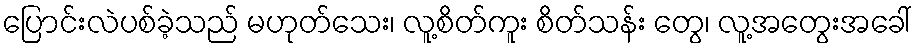
ပြောင်းလဲပစ်ခဲ့သည် မဟုတ်သေး၊ လူ့စိတ်ကူး စိတ်သန်း တွေ၊ လူ့အတွေးအခေါ်